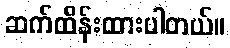
ဆက်ထိန်းထားပါတယ်။